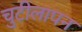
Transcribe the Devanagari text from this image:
चुटीलापन